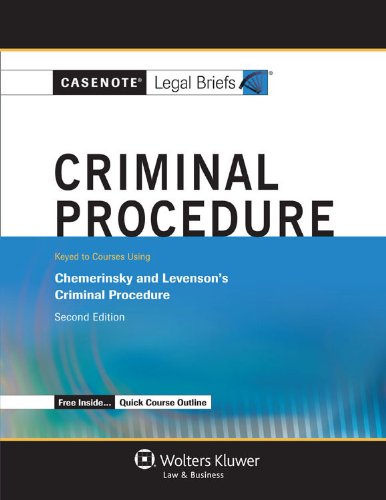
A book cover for Casenote Legal Briefs: Criminal Procedure, Keyed to Chemerinsky and Levenson, Second Edition; Casenote Legal Briefs; Law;